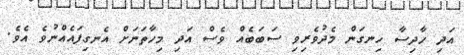
އަދި ހާދިސާ ހިނގަން މެދުވެރިވި ސަބަބެއް ވެސް އަދި މިހާތަނަށް އެނގިފައެއްނުވެ އެވެ.